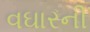
વઘારની